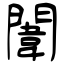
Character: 闈